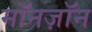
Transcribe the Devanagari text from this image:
मॉनज़ॉन